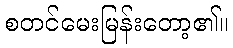
စတင်မေးမြန်းတော့၏။